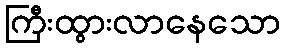
ကြီးထွားလာနေသော